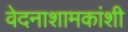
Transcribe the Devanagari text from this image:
वेदनाशामकांशी